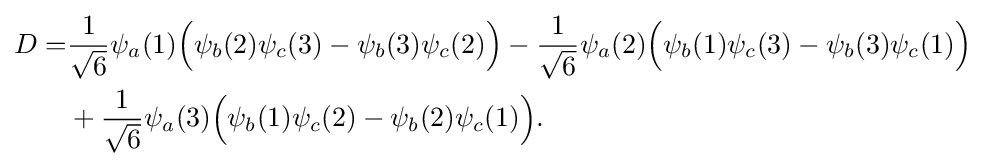
{\begin{aligned}D=&{\frac {1}{\sqrt {6}}}\psi _{a}(1){\Big (}\psi _{b}(2)\psi _{c}(3)-\psi _{b}(3)\psi _{c}(2){\Big )}-{\frac {1}{\sqrt {6}}}\psi _{a}(2){\Big (}\psi _{b}(1)\psi _{c}(3)-\psi _{b}(3)\psi _{c}(1){\Big )}\\&{}+{\frac {1}{\sqrt {6}}}\psi _{a}(3){\Big (}\psi _{b}(1)\psi _{c}(2)-\psi _{b}(2)\psi _{c}(1){\Big )}.\end{aligned}}